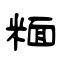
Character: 糆